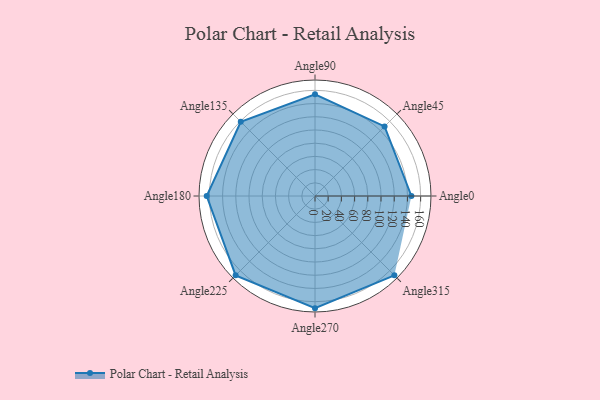
{"axis": {"x": "Angle", "y": "Radius"}, "legend": [""], "data": [{"x": "Angle0", "y": 146.0, "type": ""}, {"x": "Angle45", "y": 149.0, "type": ""}, {"x": "Angle90", "y": 154.0, "type": ""}, {"x": "Angle135", "y": 159.0, "type": ""}, {"x": "Angle180", "y": 164.0, "type": ""}, {"x": "Angle225", "y": 170, "type": ""}, {"x": "Angle270", "y": 170, "type": ""}, {"x": "Angle315", "y": 170, "type": ""}]}